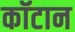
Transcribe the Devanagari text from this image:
कॉटान